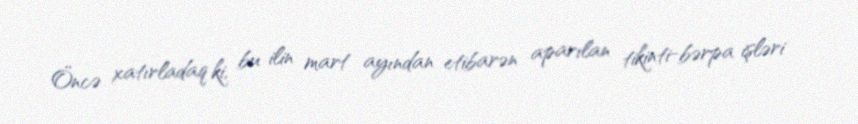
Öncə xatırladaq ki, bu ilin mart ayından etibarən aparılan tikinti-bərpa işləri